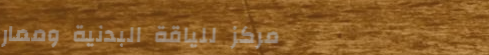
مركز للياقة البدنية وممار